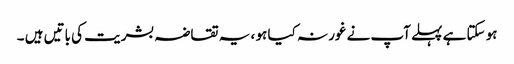
ہو سکتا ہے پہلے آپ نے غور نہ کیا ہو ، یہ تقاضہ بشریت کی باتیں ہیں ۔